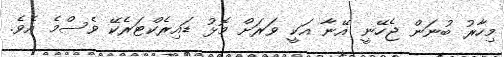
މިހާރު ބުނަން ޖެހޭނީ އޭނާ އަކީ ވަރަށް މޮޅު ޑައިރެކްޓަރެކޭ ވެސްމެ އެވެ.